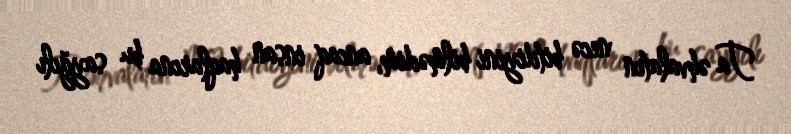
Ta əhvalatın necə bitdiyini bilmədim, ancaq insan haqlarına bu sayğılı